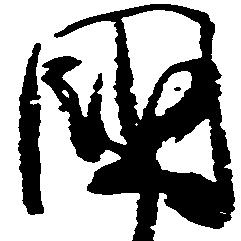
国